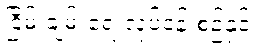
ငြိမ်းချမ်းရေးလုပ်ငန်းစဉ်နှင့်